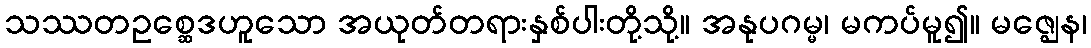
သဿတဥစ္ဆေဒဟူသော အယုတ်တရားနှစ်ပါးတို့သို့။ အနုပဂမ္မ၊ မကပ်မူ၍။ မဇ္ဈေန၊